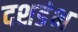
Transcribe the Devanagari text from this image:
दशडंभ